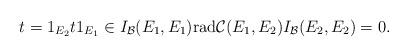
LaTeX: \begin{align*} t=1_{E_2}t1_{E_1}\in I_{\mathcal{B}}(E_1,E_1)\mathrm{rad}\mathcal{C}(E_1,E_2)I_{\mathcal{B}}(E_2,E_2)=0. \end{align*}